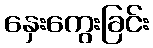
နှေးကွေးခြင်း